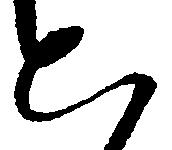
と